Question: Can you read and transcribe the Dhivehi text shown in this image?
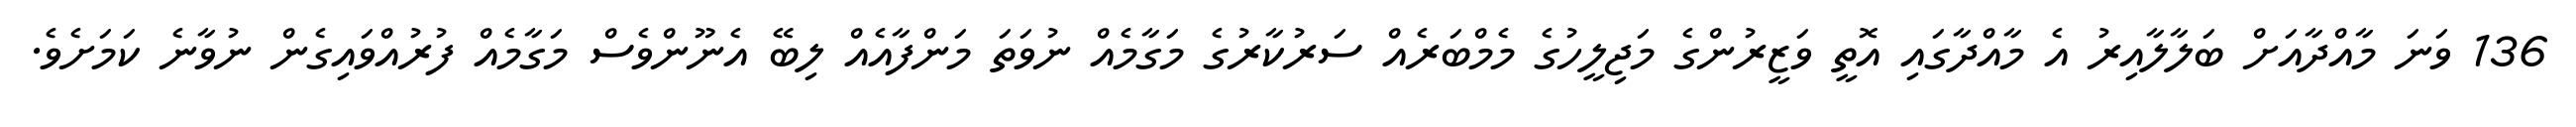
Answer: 136 ވަނަ މާއްދާއަށް ބަލާލާއިރު އެ މާއްދާގައި އޮތީ ވަޒީރުންގެ މަޖިލީހުގެ މެމްބަރެއް ސަރުކާރުގެ މަގާމެއް ނުވަތަ މަންފާއެއް ލިބޭ އެނޫންވެސް މަގާމެއް ފުރުއްވައިގެން ނުވާނެ ކަމަށެވެ.